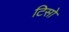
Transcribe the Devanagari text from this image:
टिसो